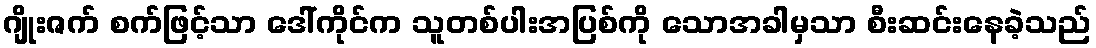
ဂျိုးဇက် စက်ဖြင့်သာ ဒေါ်ကိုင်က သူတစ်ပါးအပြစ်ကို သောအခါမှသာ စီးဆင်းနေခဲ့သည်